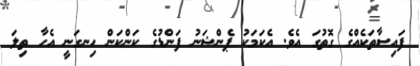
ފައިސާތަކެއްގެ ގޮތުގަ އެވެ. އެކަމަކު ޕެންޝަނު ފަންޑުގެ ކަންކަން ހިނގަނީ އެހާ ތިލަ